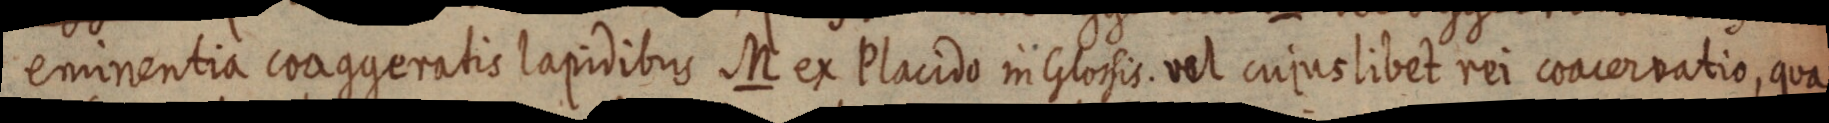
eminentia coaggeratis lapidibus M ex Placido in Glossis. vel cujus libet rei coacervatio, qua